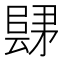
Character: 𲉛